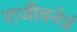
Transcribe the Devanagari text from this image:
राजीवनेत्रं